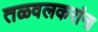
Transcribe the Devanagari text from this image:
तळवलकरांना